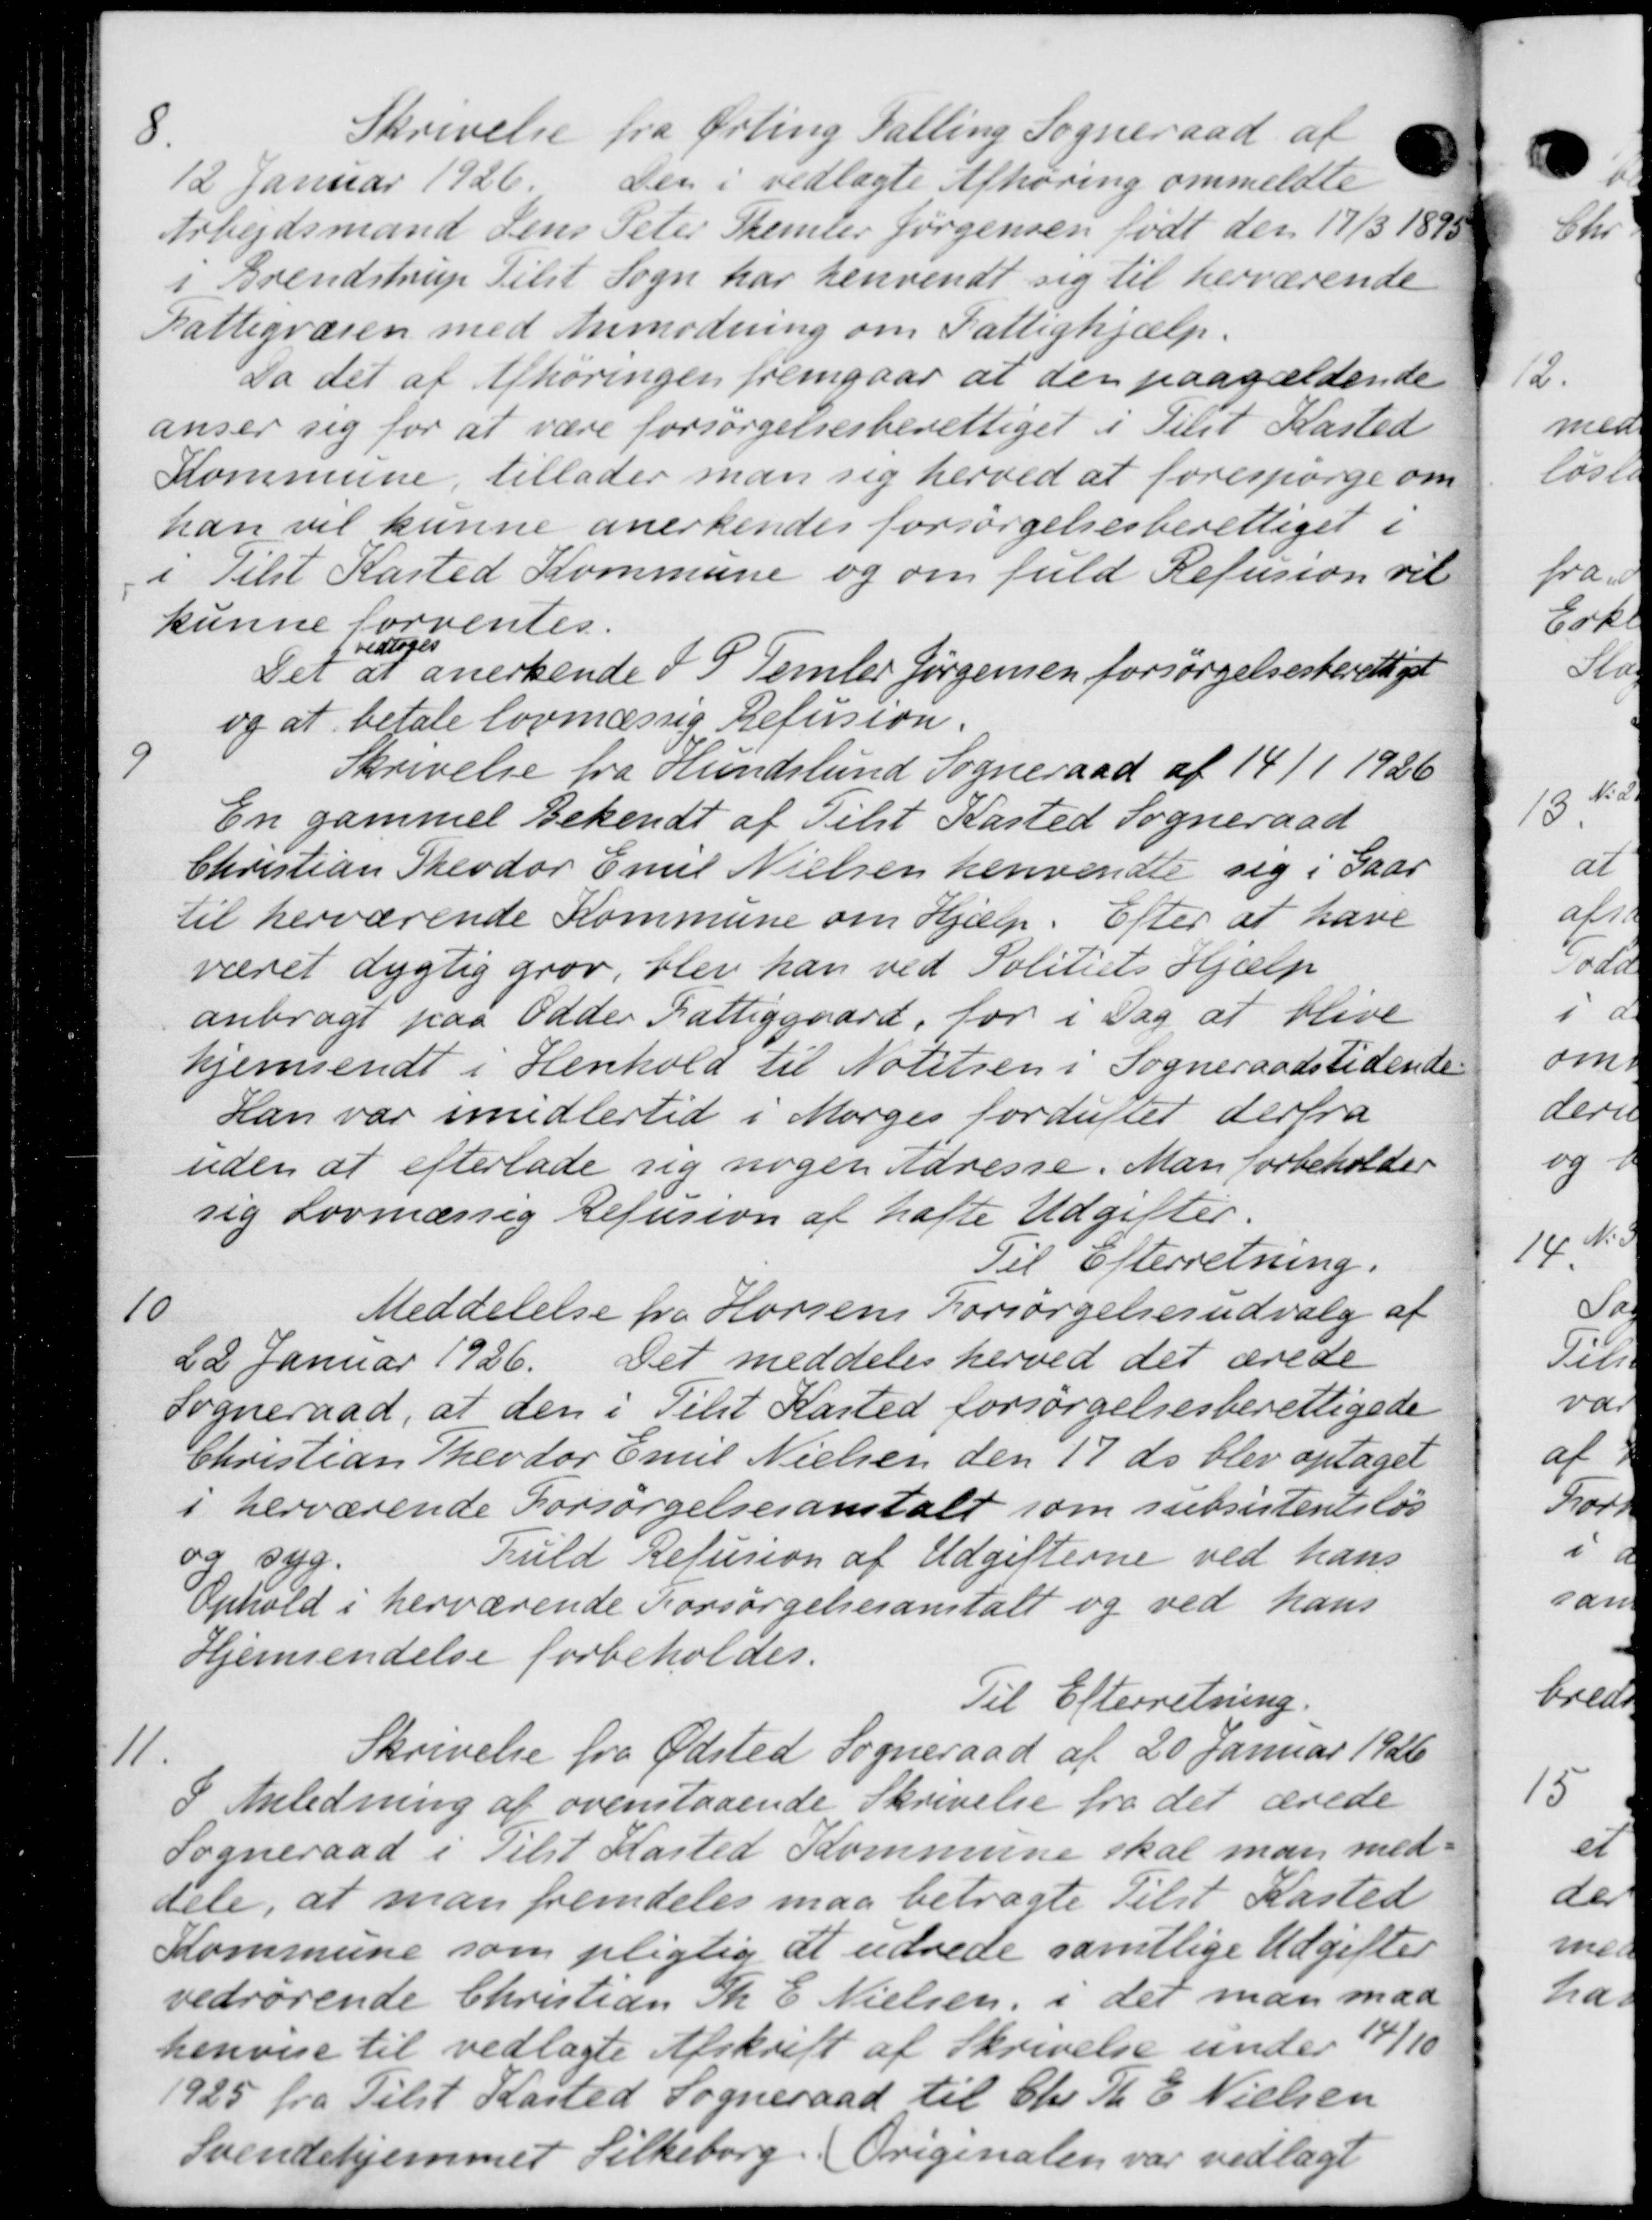
Transskription:
8.
Skrivelse fra Ørling Falling Sogneraad af
12 Januar 1926
den i vedlagte Afhøring ommeldte
Arbejdsmand Jens Peter Stemler Jørgensen født den 17/3 1890
i Brendstrup Tilst Sogn har henvendt sig til herværende
Fattigvæsen med Anmodning om Fattighjælp.
Da det af Afhøringen fremgaar at den paagældende
anser sig for at være forsørgelsesberettiget i Tilst Kasted
Kommune, tillader man sig herved at forespørge om
han vil kunne anerkendes forsørgelsesberettiget i
i Tilst Kasted Kommune og om fuld Refusion vil
kunne forventes.
Det
ntoges
at anerkende I P Temler Jørgensen forsørgelsesberettiget
og at betale lovmæssig Refusion.

Skrivelse fra Hundslund Sogneraad af 14/1 1926
En gammel Bekendt af Tilst Kasted Sogneraad
Christian Theodor Emil Nielsen henvendte sig i Gaar
til herværende Kommune om Hjælp. Efter at have
været dygtig grøv, blev han ved Politiets Hjælp
anbragt paa Odder Fattiggaard, for i Dag at blive
hjemsendt i Henhold til Notitsen i Sogneraadstidende
Han var imidlertid i Morges fordufter derfra
uden at efterlade sig nogen Adresse. Man forbeholder
sig Lovmæssig Refusion af hafte Udgifter.
Til Efterretning.

Meddelelse fra Horsens Forsørgelsesudvalg af
22 Januar 1926. Det meddeles herved det ærede
Sogneraad, at den i Tilst Kasted forsørgelsesberettigede
Christian Theodor Emil Nielsen den 17 ds blev optaget
1 herværende Forsørgelsesanstalt som subsistentsløs
og syg.
Fuld Refusion af Udgifterne ved hans
Ophold i herværende Forsørgelsesanstalt og ved hans
Hjemsendelse forbeholdes.
Til Efterretning.

Skrivelse fra Ødsted Sogneraad af 20 Januar 1926
I Anledning af ovenstaaende Skrivelse fra det ærede
Sogneraad i Tilst Kasted Kommune skal man med
dele, at man fremdeles maa betragte Tilst Kasted
Kommune som pligtig at udrede samtlige Udgifter
vedrørende Christian Th. E. Nielsen, i det man med
henvise til vedlagte Afskrift af Skrivelse under 14/10
1925 fra Tilst Kasted Sogneraad til Chr. Th. E. Nielsen
Svendehjemmet Silkeborg. Originalen var vedlagt